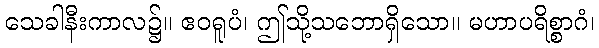
သေခါနီးကာလ၌။ ဧဝရူပံ၊ ဤသို့သဘောရှိသော။ မဟာပရိစ္စာဂံ၊